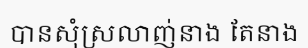
បានសុំស្រលាញ់នាង តែនាង